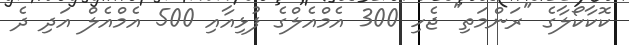
ކޮކާކޯލާގެ "ރަންމަތި" ޖެހި 300 އެމްއެލްގެ ފުޅިއާއި 500 އެމްއެލް އަދި ދެ